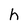
Character: h